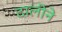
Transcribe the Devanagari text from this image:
दालीने